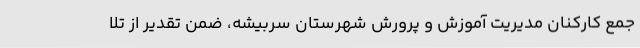
جمع کارکنان مدیریت آموزش و پرورش شهرستان سربیشه، ضمن تقدیر از تلا